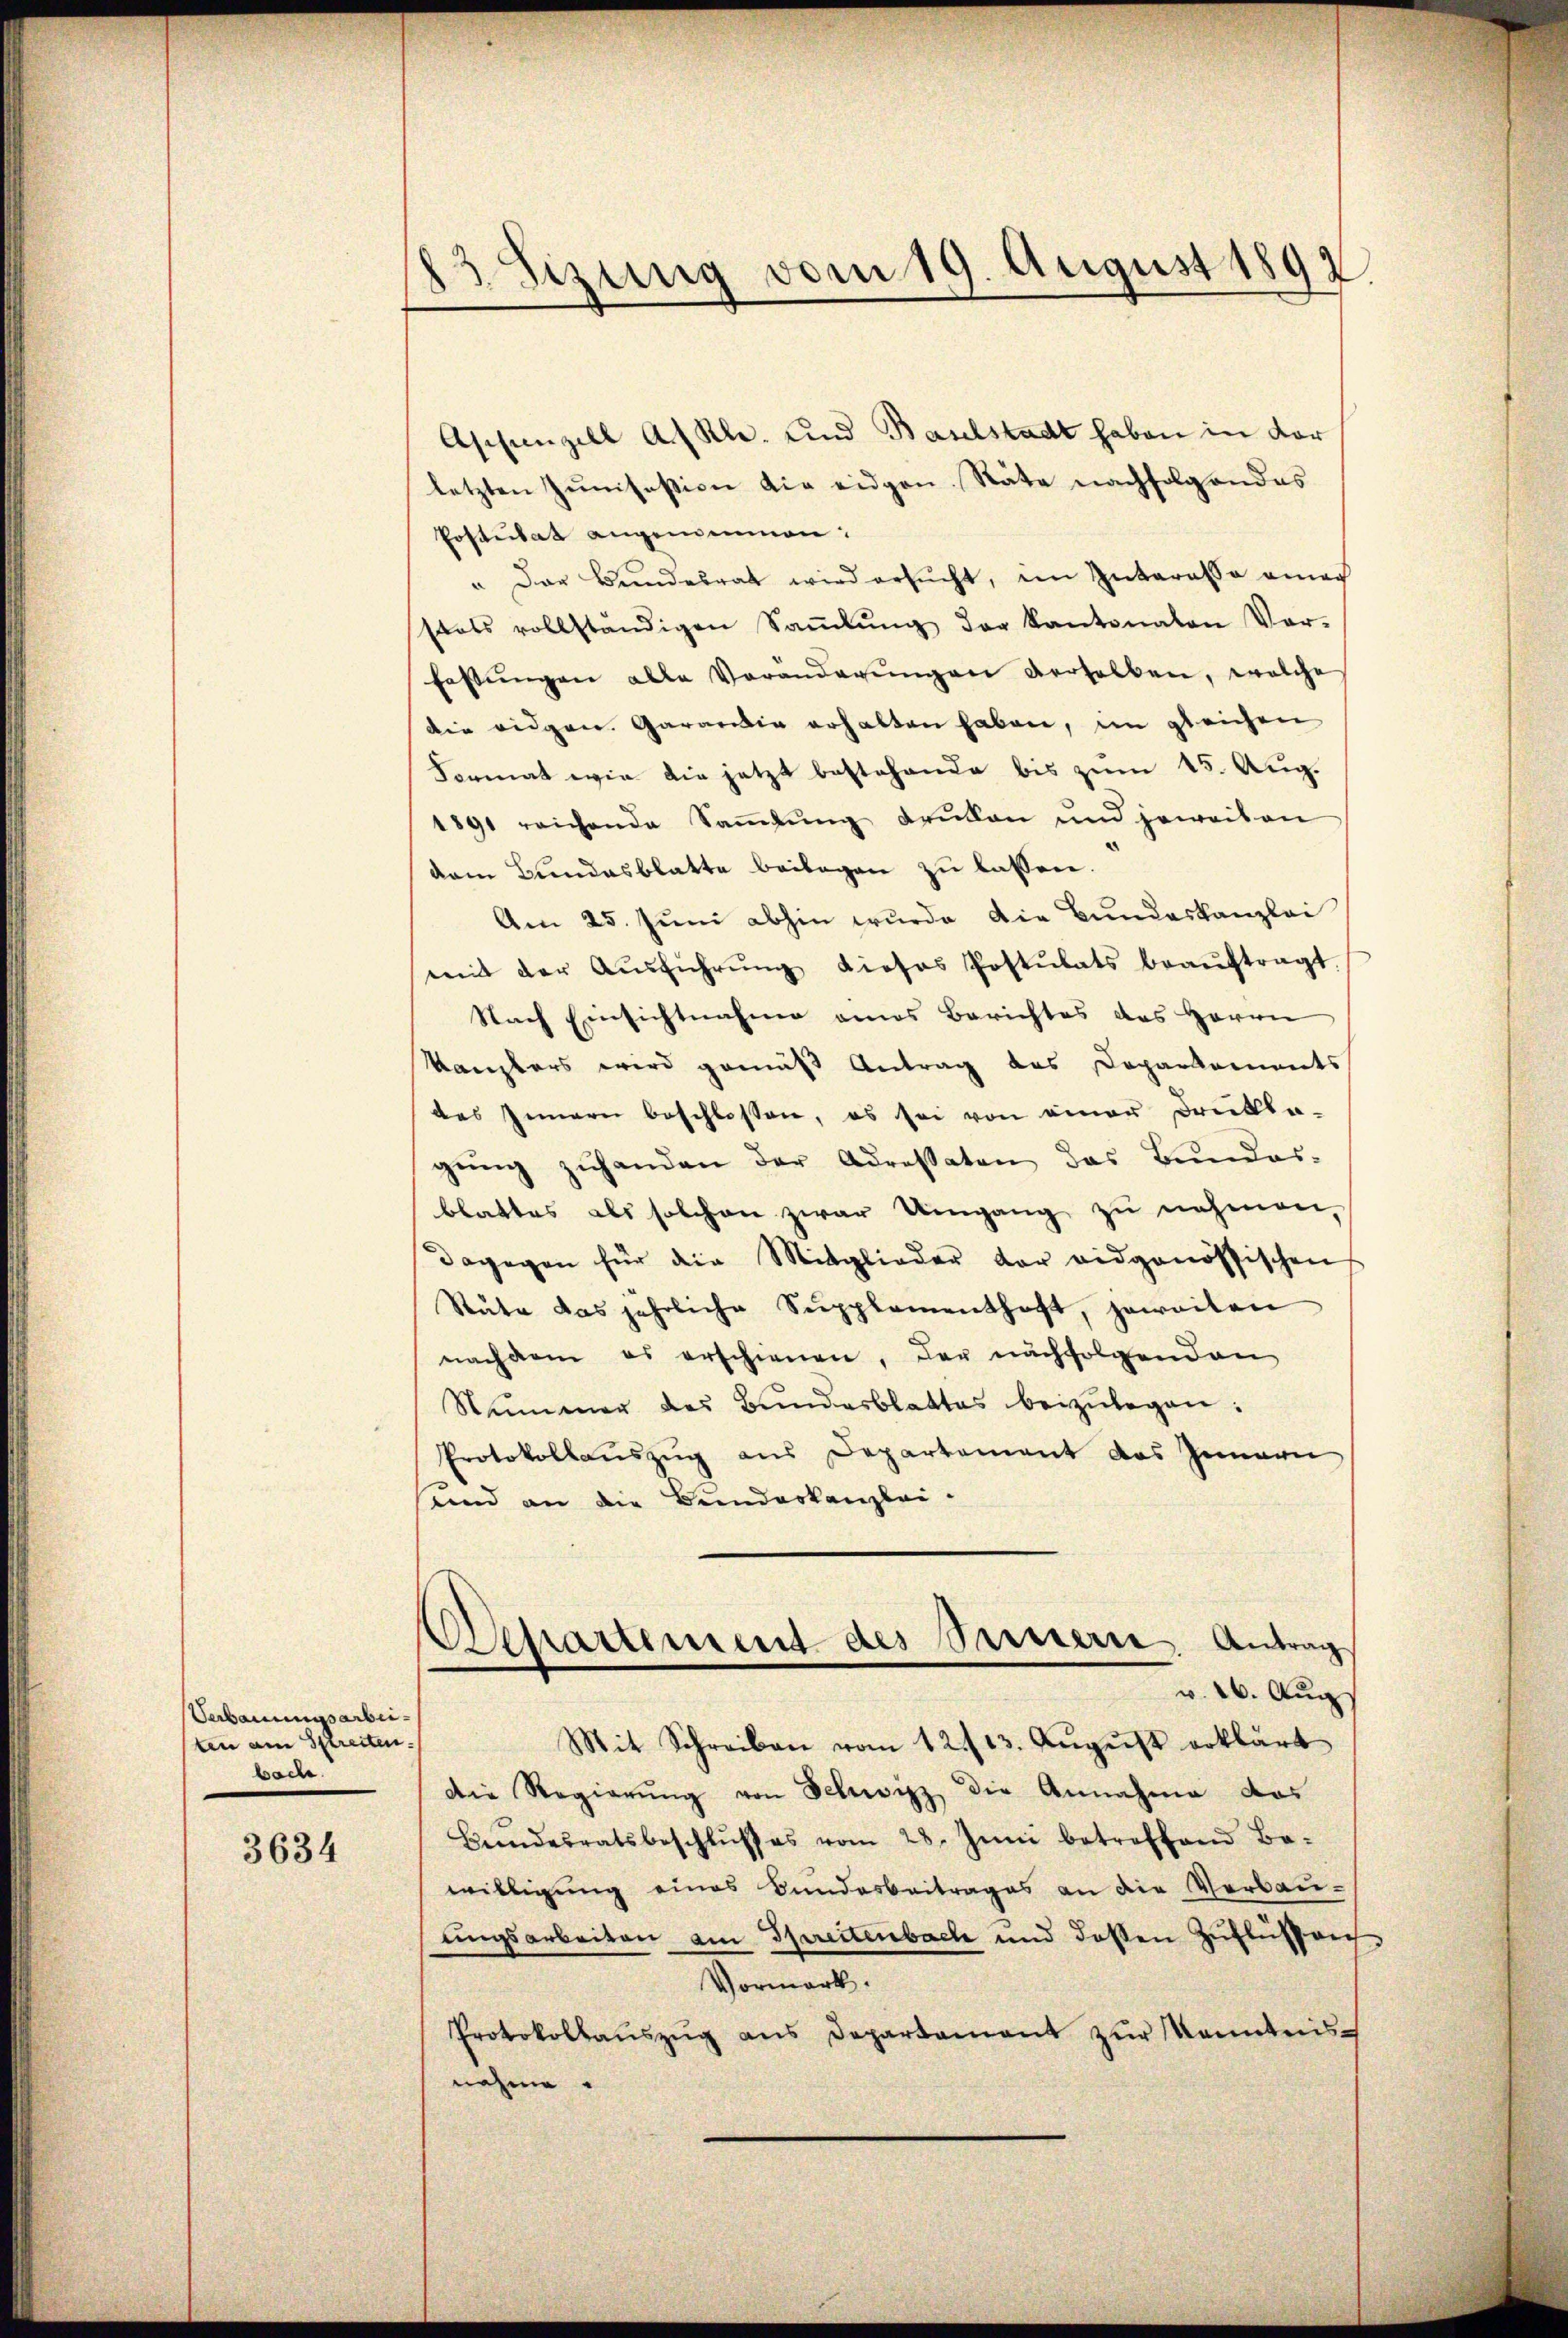
Verbauungsarbeiten am Streiten.
bach.

3634

13. Sizung vom 19. August 1892.

Appenzell A.-Rh. und Baselstadt haben in dar
letzten Junisesion die eidgen. Räte nachfolgendes
Postulat angemeinnen.
" Der Bundesrat wird ersŭcht, im Interessa ainag
stets vollständigen Saṁlŭng der Kantonalen Ver-
fassŭngen alle Voranderŭngen verselben, welche
die eidgen. Garan die erhalten haben, im gleichen
Format wie die jetzt bestehende bis zŭm 15. Aug.
1891 reichende Saṁlŭng druken und jeweisen
dem Bundesblatte beilagen zŭ lassen.
Am 25. Juni abhin wurde die Bundeskanzlei
mit der Aŭsführŭng dieses Postulats beaŭftragt.
Nach Einsichtnahme eines Berichtes des Herrn
Kanzlers wird gemäß Antrag das Daparkaments
des Innern beschlossen, es sei von einer Brükla-
gŭng zŭ handen der Adressaten das Bŭndes-
blattes als solchen zwar Umgang zŭ nehmen,
dagegen für die Mitglieder der eidgenössischen
Stŭte das jährliche Supplementhaft, jeweiten
nachdem es erschienen, der nachfolgenden
Nummer des Bŭndesblattes beizŭlegen:
Protokollauszug aus Departement das Innern
sund an die Bundeskanzlei.
Departement des Sauern. Antrag
v. 26. Aug
Mit Schreiben vom 12./13. Aŭgŭst erklärt
die Regierŭng von Schwyz die Annahme das
Beendesratsbeschlŭsses vom 28. Juni betreffend Be-
willigung eines Bundesbeitrages an die Verbau-
ungsarbeiten am Spreitenbach und dessen Zuflüssen
Vormerk.
Protokollaŭszŭg ans Departament zŭr Kenntnis
nahme